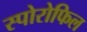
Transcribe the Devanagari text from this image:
स्पोरोफिल